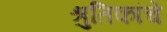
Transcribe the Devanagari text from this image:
श्रुतिकांचे